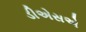
ડીએસએ